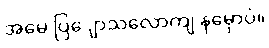
အမေ ပြျောသလောကျ နမှောပဲ။